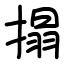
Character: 搨